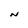
Character: N